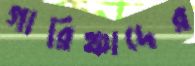
গারিঞ্চাদের